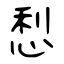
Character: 悡